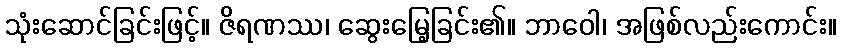
သုံးဆောင်ခြင်းဖြင့်။ ဇိရဏဿ၊ ဆွေးမြေ့ခြင်း၏။ ဘာဝေါ၊ အဖြစ်လည်းကောင်း။